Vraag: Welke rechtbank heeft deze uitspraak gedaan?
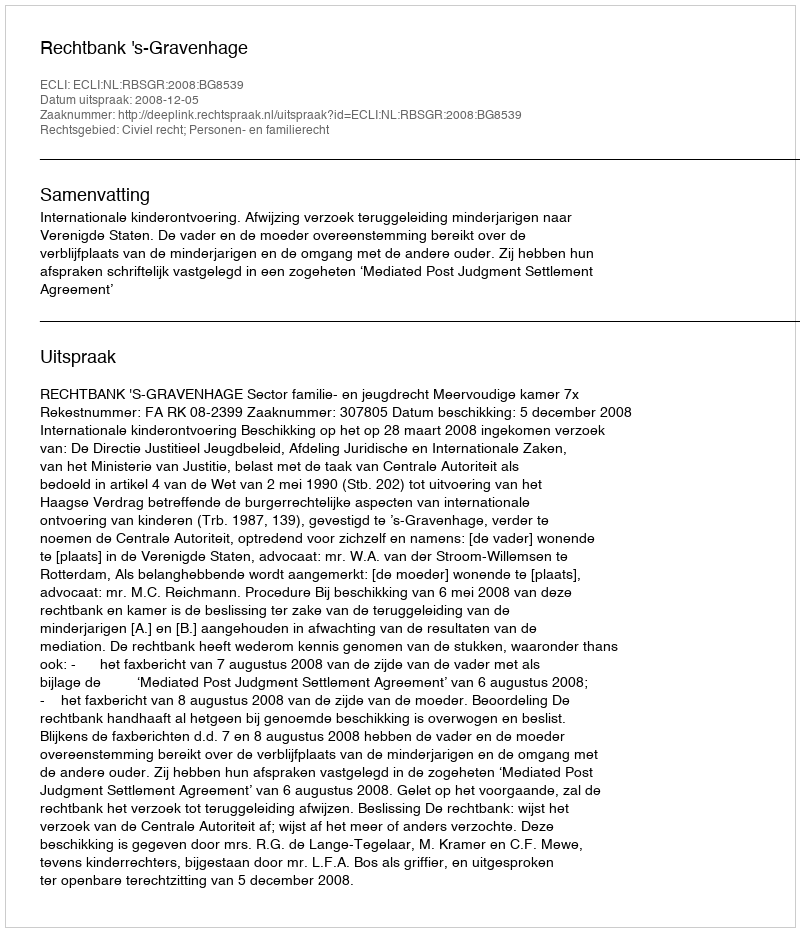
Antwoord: Rechtbank 's-Gravenhage